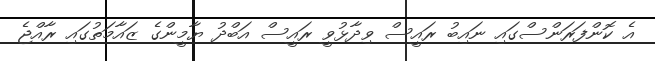
އެ ކޮންފަރަންސްގައި ނައިބު ރައީސް ވިދާޅުވީ ރައީސް އަބްދު ޔާމީންގެ ޒައާމަތުގައި ރާއްޖެ